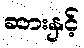
ဆားနှင့်